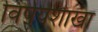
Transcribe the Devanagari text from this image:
विषयशाखा